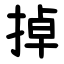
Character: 掉